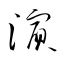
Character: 濵